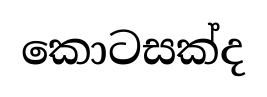
කොටසක්ද